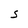
Character: S